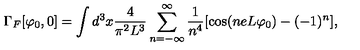
\Gamma _ { F } [ \varphi _ { 0 } , 0 ] = \int d ^ { 3 } x \frac { 4 } { \pi ^ { 2 } L ^ { 3 } } \sum _ { n = - \infty } ^ { \infty } \frac { 1 } { n ^ { 4 } } [ \cos ( n e L \varphi _ { 0 } ) - ( - 1 ) ^ { n } ] ,